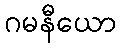
ဂမနီယော